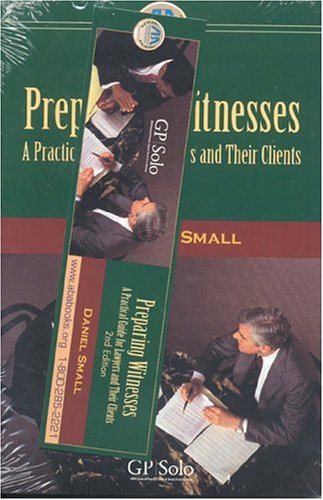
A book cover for Preparing Witnesses: A Practical Guide for Lawyers and Their Clients; Daniel I. Small; Law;